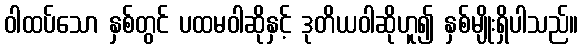
ဝါထပ်သော နှစ်တွင် ပထမဝါဆိုနှင့် ဒုတိယဝါဆိုဟူ၍ နှစ်မျိုးရှိပါသည်။